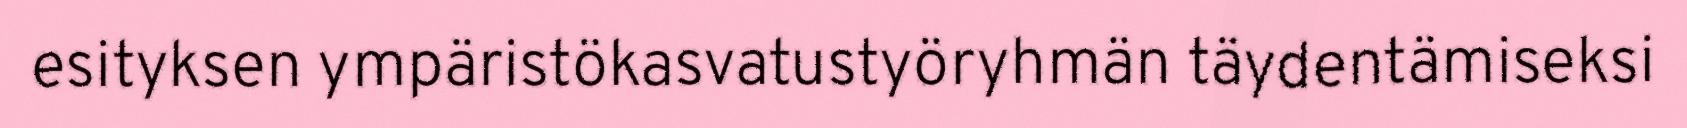
esityksen ympäristökasvatustyöryhmän täydentämiseksi